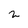
Character: 2